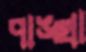
পাঙ্খা